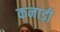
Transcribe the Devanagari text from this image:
कनाड़ी